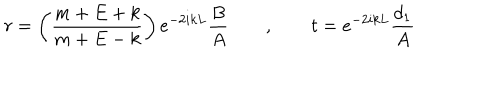
r = \left( \frac { m + E + k } { m + E - k } \right) e ^ { - 2 i k L } \frac { B } { A } \qquad , \qquad t = e ^ { - 2 i k L } \frac { d _ { 1 } } { A }